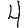
Digit: 4